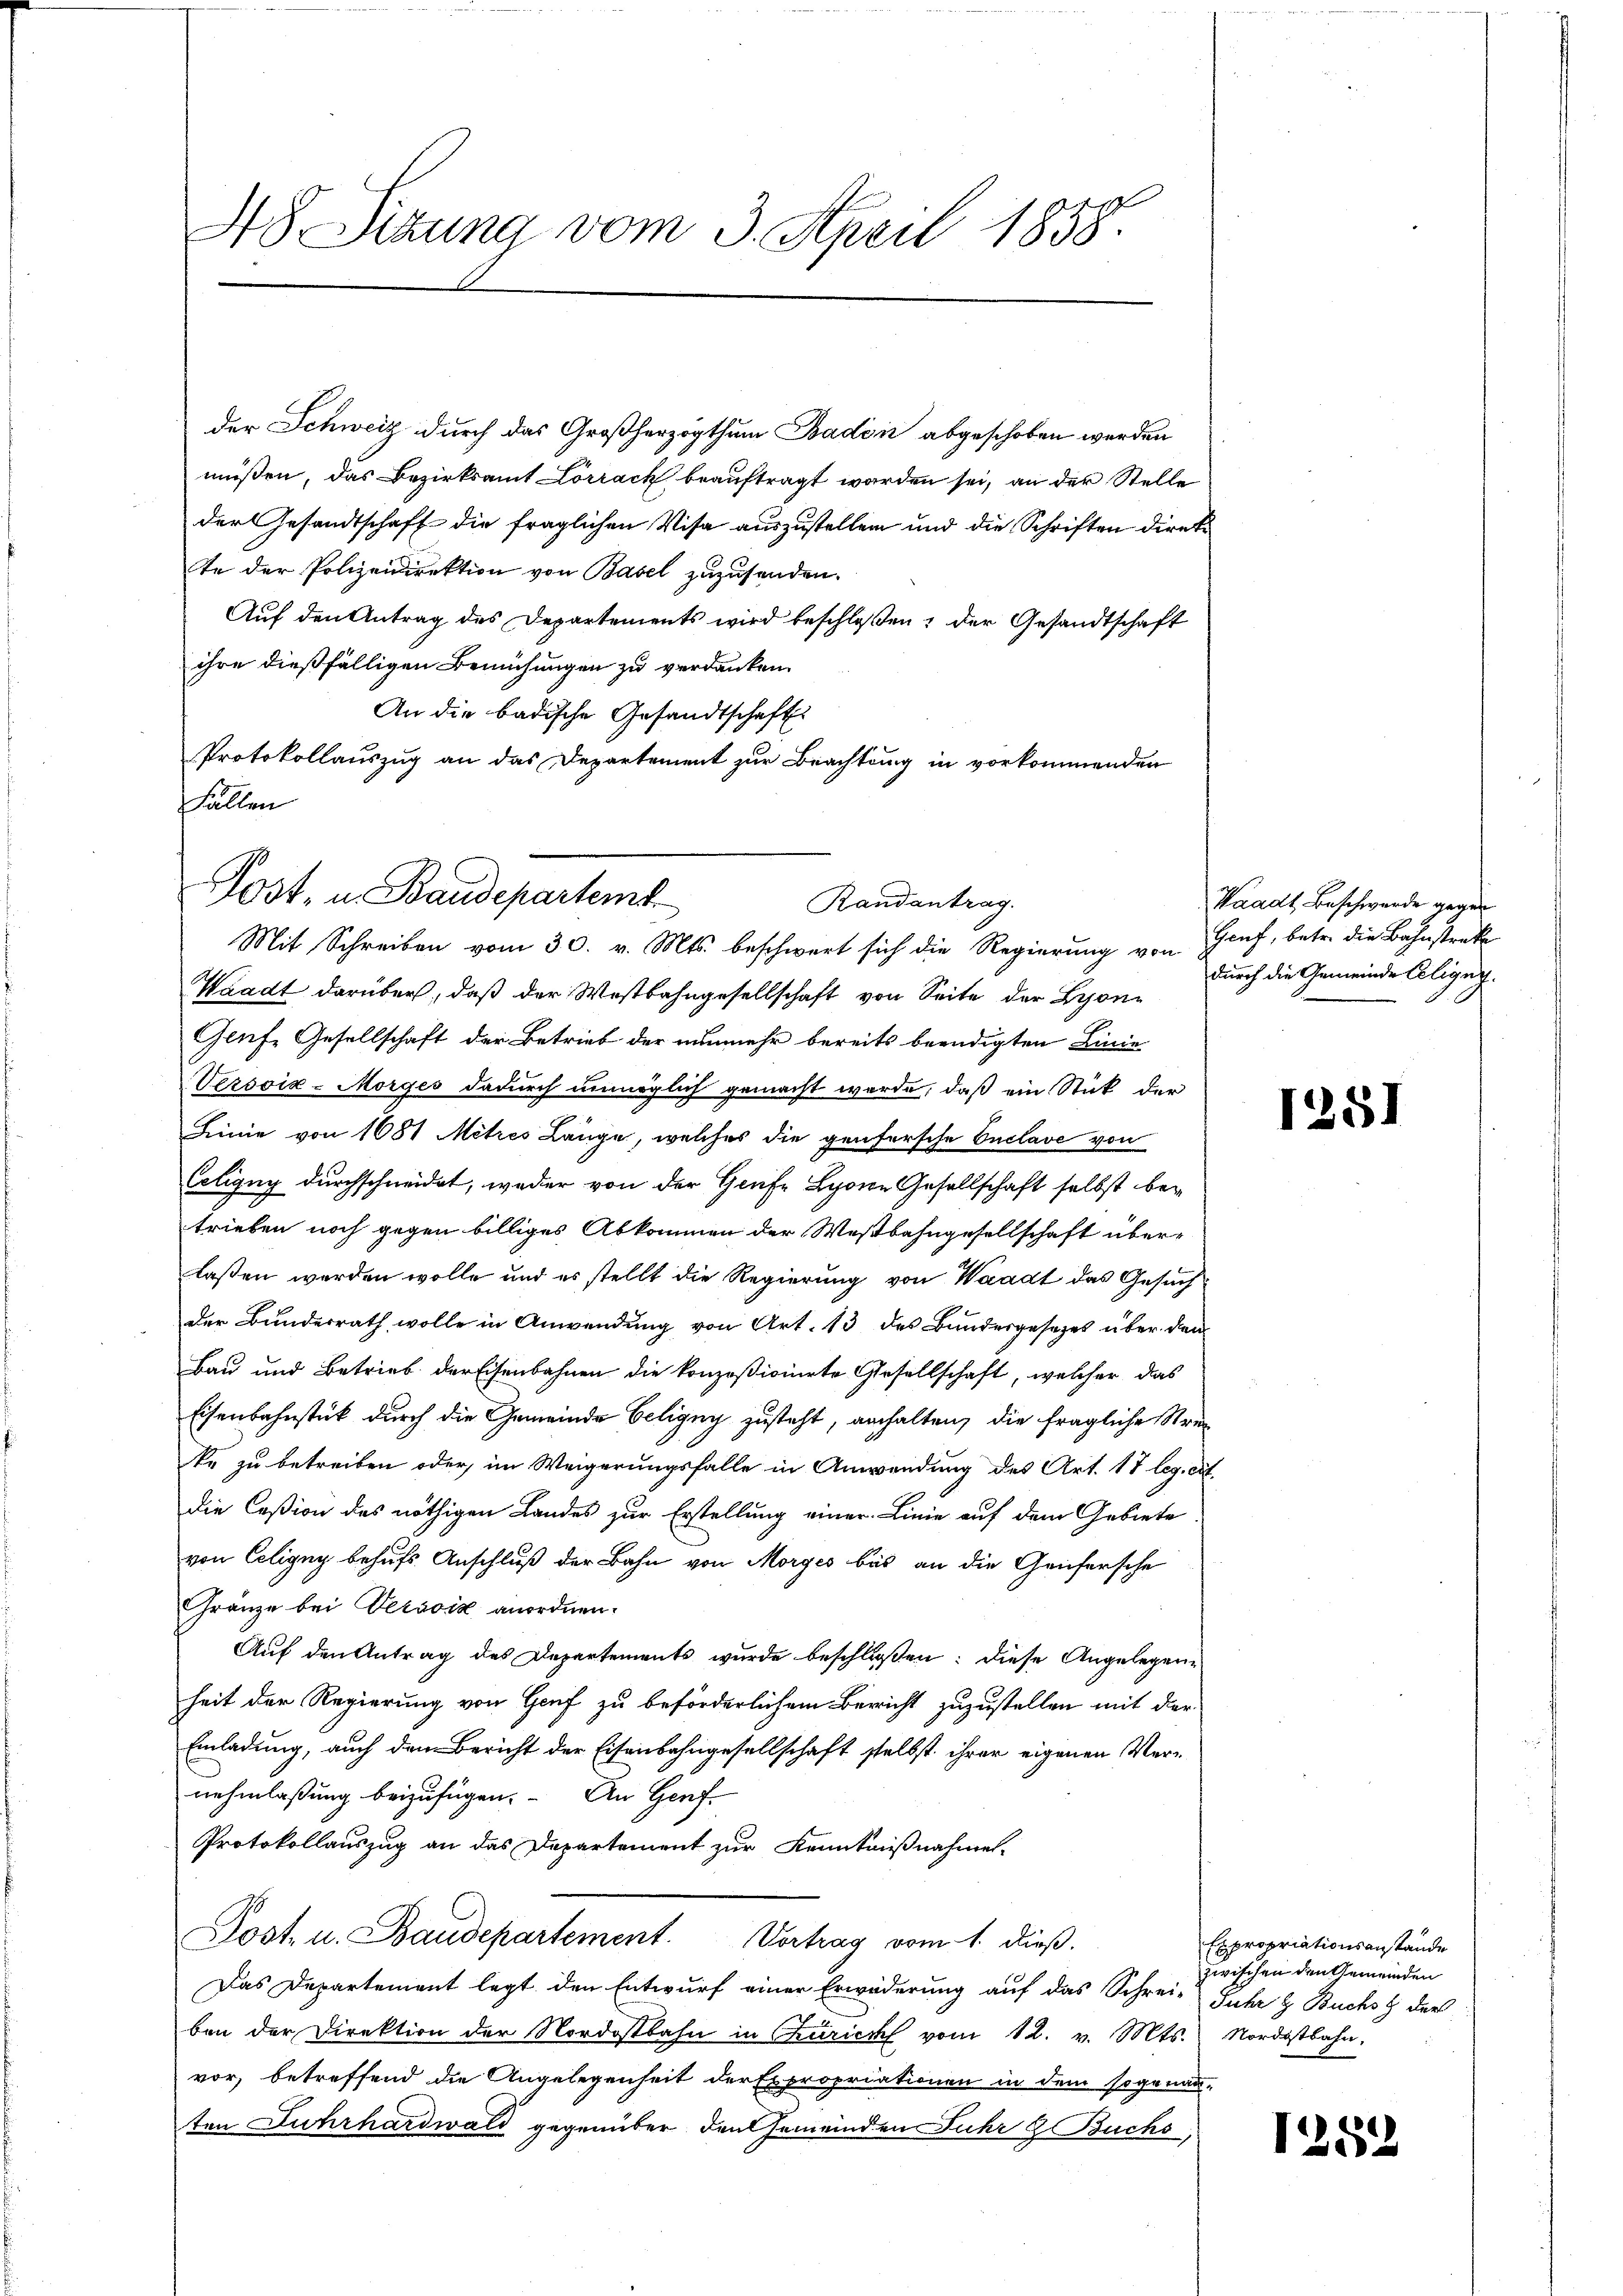
48. Setzung vom 3. April 1838

der Schweiz durch das Großherzogthum Baden abgeschoben werden
müßen, das Bezirksamt Lörrack beauftragt worden sei, an der Stelle
der Gesandtschaft die fraglichen Visa auszustellen und die Schriften direkte der Polizeidirektion von Basel zuzusenden.
Auf den Antrag des Departements wird beschloßen: der Gesandtschaft
ihre dießfälligen Bemühungen zu verdanken
An die badische Gesandtschaft
Protokollauszug an das Departement zur Beachtung in vorkommenden
Fällen

Post, u. Baudepartemb
Randantrag.
Mit Schreiben vom 30. v. Mts. beschwert sich die Regierung von

Waadt darüber, daß der Westbahngesellschaft von Seite der Lyon¬
Genf, Gesellschaft der Betrieb der nunmehr bereits beendigten Linie
Versoix-Morges dadurch unmöglich gemacht werde, daß ein Stück der
Linie von 1681 Mitres Länge, welches die genfersche Enclave von
Celigny durchschneidet, weder von der Grafe Lyone Gesellschaft selbst betrieben noch gegen billiges Abkommen der Westbahngesellschaft überlassen werden wolle und es stellt die Regierung von Waadt das Gesuchder Bundesrath wolle in Anwendung von Art. 13 des Bundesgesetzes über den
Bau und Betrieb der Eisenbahnen die konzesionirte Gesellschaft, welcher das
Eisenbahnstück durch die Gemeinde Seligny zusteht, anhalten, die fragliche Streke zu betreiben oder, im Weigerungsfalle in Anwendung des Art. 17 leg. cit.
die Ceßion des nöthigen Landes zur Erstellung einer Linie auf dem Gebiete
von Celigny behufs Anschluß der Bahn von Morges bis an die Genfersche
Gränze bei Verović anordnen.
Auf den Antrag des Departements wurde beschloßen: diese Angelegenheit der Regierung von Genf zu beförderlichem Bericht zuzustellen mit der
Einladung, auch dem Bericht der Eisenbahngesellschaft selbst ihrer eigenen Vernehmlassung beizufügen. An Genf.
Protokollauszug an das Departement zur Kenntnißnahme
Post. u. Baudepartement. Vortrag vom 1. dieß.
Das Departement legt den Entwurf einer Erwiderung auf das Schrei- Juhr & Buchs der
ben der Direktion der Nordostbahn in urick vom 12. v. Mts. Nordostbahn.
vor, betreffend die Angelegenheit der Expropriationen in dem sogenauten Fuhrhardwald gegenüber den Gemeinden Fuhr & Buchs,

Waadt, Beschwerde gegen
Genf, betr. die Bahnstrakte
durch die Gemeinde Cligny.

1251

Expropriationsanstände
zwischen den Gemeinden

1282